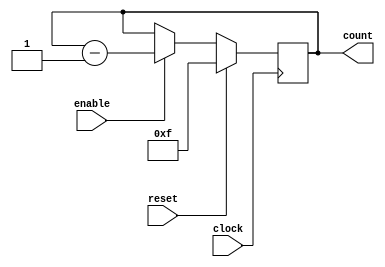
module binary_down_counter(
  input wire clock,
  input wire enable,
  input wire reset,
  output reg [3:0] count
);

always @(posedge clock) begin
  if (reset) begin
    count <= 4'b1111; // Predetermined value
  end else begin
    if (enable) begin
      count <= count - 1;
    end
  end
end

endmodule